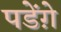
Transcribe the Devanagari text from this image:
पडेंग़े